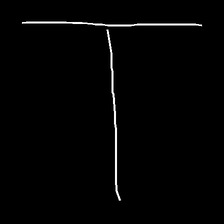
Glyph: column